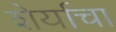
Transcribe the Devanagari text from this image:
शेर्याचा